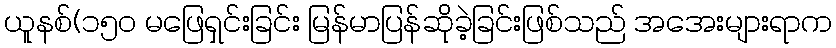
ယူနစ်(၁၅၀ မဖြေရှင်းခြင်း မြန်မာပြန်ဆိုခဲ့ခြင်းဖြစ်သည် အအေးများရာက